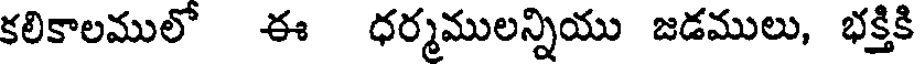
కలికాలములో ఈ ధర్మములన్నియు జడములు, భక్తికి